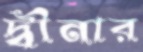
দ্বীনার